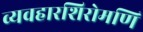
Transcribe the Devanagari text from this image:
व्यवहारशिरोमणि